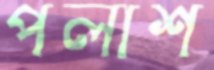
পলাশ